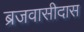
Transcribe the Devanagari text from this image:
ब्रजवासीदास